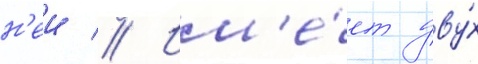
н'еи // Им'е́ет дву́х